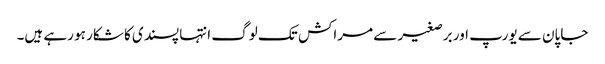
جاپان سے یورپ اور برصغیر سے مراکش تک لوگ انتہا پسندی کا شکار ہو رہے ہیں۔